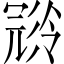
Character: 𠖝